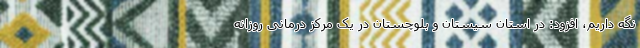
نگه داریم، افزود: در استان سیستان و بلوچستان در یک مرکز درمانی روزانه